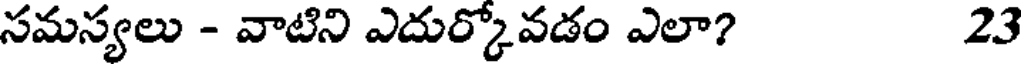
సమస్యలు - వాటిని ఎదుర్కోవడం ఎలా? 23